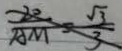
\frac { 2 0 } { A M } = \frac { \sqrt { 3 } } { 3 }